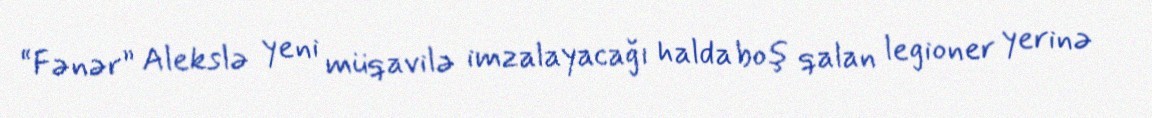
“Fənər” Alekslə yeni müqavilə imzalayacağı halda boş qalan legioner yerinə